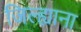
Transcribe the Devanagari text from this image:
जिल्ह्याना